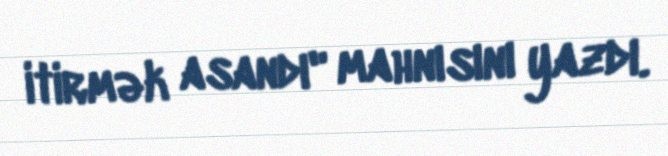
itirmək asandı" mahnısını yazdı.